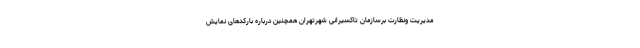
مدیریت ونظارت برسازمان تاکسیرانی شهرتهران همچنین درباره بارکدهای نمایش